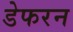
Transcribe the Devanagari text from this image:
डेफरन